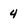
Character: 4